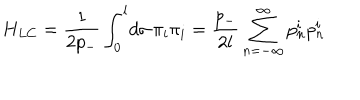
H _ { L C } = \frac { 1 } { 2 p _ { - } } \int _ { 0 } ^ { l } \! d \sigma \, \pi _ { i } \pi _ { i } = \frac { p _ { - } } { 2 l } \sum _ { n = - \infty } ^ { \infty } p _ { n } ^ { i } p _ { n } ^ { i }